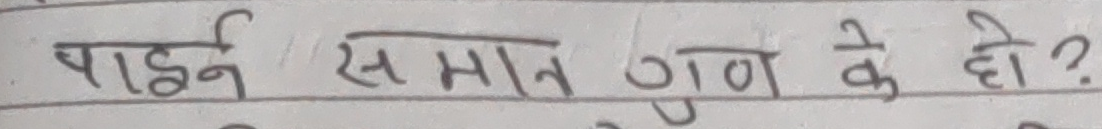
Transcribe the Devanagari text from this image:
पाइनर् समान गुण के हो?